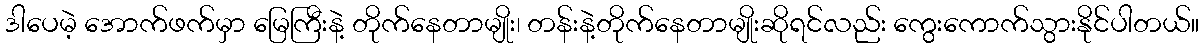
ဒါပေမဲ့ အောက်ဖက်မှာ မြေကြီးနဲ့ တိုက်နေတာမျိုး၊ တန်းနဲ့တိုက်နေတာမျိုးဆိုရင်လည်း ကွေးကောက်သွားနိုင်ပါတယ်။